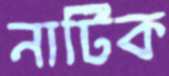
নাটিক